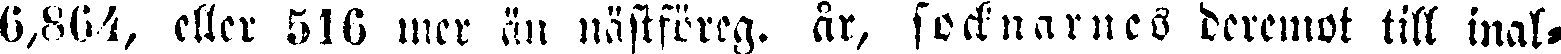
6,864, eller 516 mer än nästföreg. år, socknarnes deremot till inak-